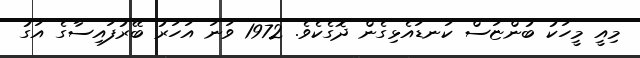
މިއީ މީހަކު ބުންޏަސް ކަނޑައެޅިގެން ދޮގެކެވެ. 1972 ވަނަ އަހަރު ބޭރުފައިސާގެ އަގު